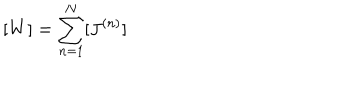
LaTeX: [ W ] = \sum _ { n = 1 } ^ { N } [ J ^ { ( n ) } ]